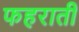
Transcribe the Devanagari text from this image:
फहराती